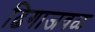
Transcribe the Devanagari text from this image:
ढिगाजवळ